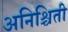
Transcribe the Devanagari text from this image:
अनिश्चिती